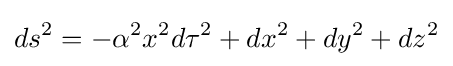
ds^{2}=-\alpha ^{2}x^{2}d\tau ^{2}+dx^{2}+dy^{2}+dz^{2}